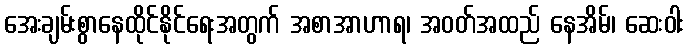
အေးချမ်းစွာနေထိုင်နိုင်ရေးအတွက် အစာအာဟာရ၊ အဝတ်အထည် နေအိမ်၊ ဆေးဝါး